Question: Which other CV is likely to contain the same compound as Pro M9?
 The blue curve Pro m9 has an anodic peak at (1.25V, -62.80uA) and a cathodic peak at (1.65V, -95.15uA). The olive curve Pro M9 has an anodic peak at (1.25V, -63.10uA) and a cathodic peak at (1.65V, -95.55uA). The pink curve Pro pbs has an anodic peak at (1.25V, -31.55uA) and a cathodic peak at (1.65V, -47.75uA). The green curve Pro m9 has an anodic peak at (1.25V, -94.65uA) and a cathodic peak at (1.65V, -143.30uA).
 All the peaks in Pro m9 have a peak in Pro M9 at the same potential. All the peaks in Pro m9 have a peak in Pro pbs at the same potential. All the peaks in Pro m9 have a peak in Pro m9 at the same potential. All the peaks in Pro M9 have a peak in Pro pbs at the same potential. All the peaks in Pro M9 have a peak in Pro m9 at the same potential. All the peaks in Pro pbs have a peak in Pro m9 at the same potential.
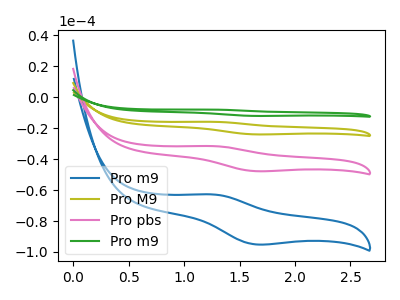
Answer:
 <answer>"Pro M9", "Pro pbs" and "Pro m9" have a similar shape to "Pro m9".</answer>
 <eval>"Pro M9" "Pro pbs" "Pro m9"</eval>